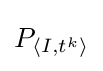
P_{\langle I,t^{k}\rangle }